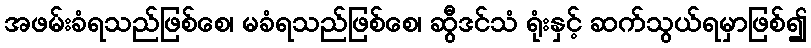
အဖမ်းခံရသည်ဖြစ်စေ၊ မခံရသည်ဖြစ်စေ၊ ဆွီဒင်သံ ရုံးနှင့် ဆက်သွယ်ရမှာဖြစ်၍